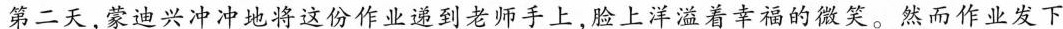
第二天，蒙迪兴冲冲地将这份作业递到老师手上，脸上洋溢着幸福的微笑。然而作业发下